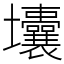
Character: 㚂